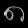
Digit: ၈